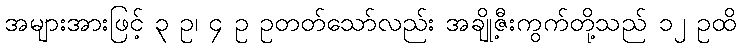
အများအားဖြင့် ၃ ဥ၊ ၄ ဥ ဥတတ်သော်လည်း အချို့ဇီးကွက်တို့သည် ၁၂ ဥထိ